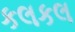
કલકલ